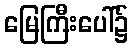
မြေကြီးပေါ်၌